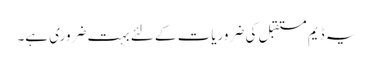
یہ ڈیم مستقبل کی ضروریات کے لئے بہت ضروری ہے۔